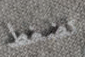
تضغط